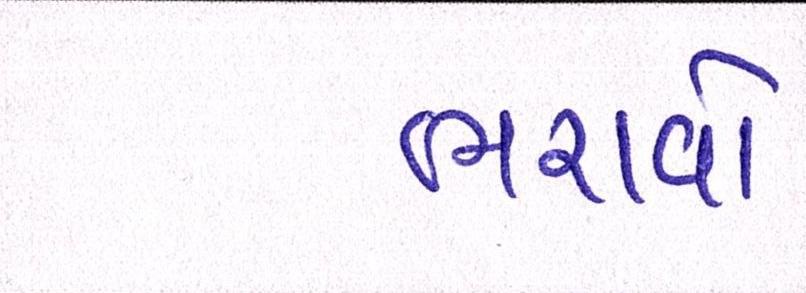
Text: ભરાવોઃ